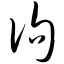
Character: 佝